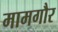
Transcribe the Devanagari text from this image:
मामगौर